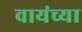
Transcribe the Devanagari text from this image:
वायंच्या